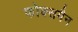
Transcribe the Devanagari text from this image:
फोक्समैन